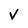
Character: v